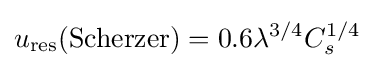
u_{\text{res}}({\text{Scherzer}})=0.6\lambda ^{3/4}C_{s}^{1/4}